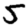
Digit: 5